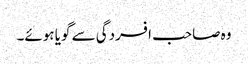
وہ صاحب افسردگی سے گویا ہوئے۔